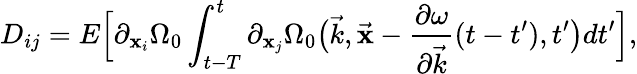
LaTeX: D_{ij}=E\Big[\partial_{{\mathbf{x}}_{i}}\Omega_{0}\int_{t-T}^{t}\partial_{{\mathbf{x}}_{j}}\Omega_{0}\big(\vec{{k}},\vec{{\mathbf{x}}}-\frac{{\partial\omega}}{{\partial\vec{{k}}}}(t-t^{\prime}),t^{\prime}\big)dt^{\prime}\Big],